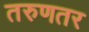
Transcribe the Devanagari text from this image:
तरुणतर